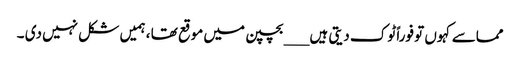
مماسے کہوں تو فوراً ٹوک دیتی ہیں ___بچپن میں موقع تھا ، ہمیں شکل نہیں دی ۔